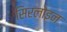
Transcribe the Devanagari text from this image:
सिरलोइन